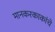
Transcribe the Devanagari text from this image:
मानकरकाकांचे